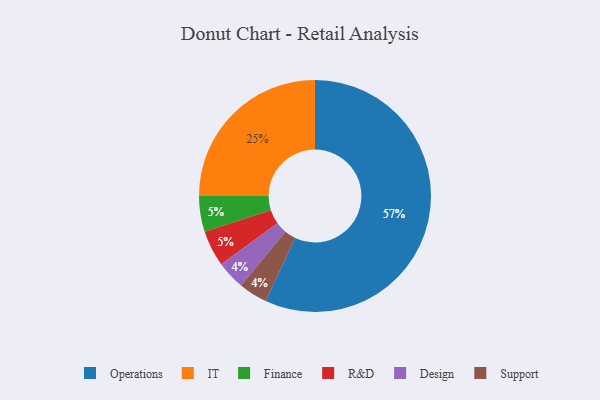
{"axis": {"x": "Category", "y": "Percentage"}, "legend": ["Design", "Finance", "IT", "Operations", "R&D", "Support"], "data": [{"x": "Finance", "y": 5, "type": "Finance"}, {"x": "Design", "y": 4, "type": "Design"}, {"x": "Support", "y": 4, "type": "Support"}, {"x": "R&D", "y": 5, "type": "R&D"}, {"x": "IT", "y": 25, "type": "IT"}, {"x": "Operations", "y": 57, "type": "Operations"}]}